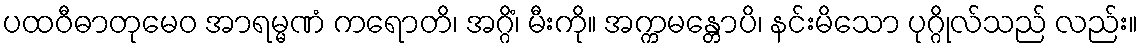
ပထဝီဓာတုမေဝ အာရမ္မဏံ ကရောတိ၊ အဂ္ဂိံ၊ မီးကို။ အက္ကမန္တောပိ၊ နင်းမိသော ပုဂ္ဂိုလ်သည် လည်း။